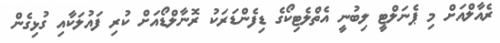
ރެއާލްއަށް މި ޕެނަލްޓީ ލިބުނީ އެތްލެޓިކޯގެ ޑިފެންޑަރަކު ރޮނާލްޑޯއަށް ކުރި ފައުލަކާއި ގުޅިގެން